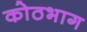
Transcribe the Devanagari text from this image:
कोठभाग